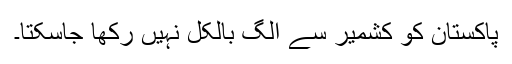
پاکستان کو کشمیر سے الگ بالکل نہیں رکھا جاسکتا۔